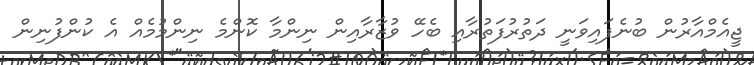
ޖީއެމްއާރުން ބުނެފައިވަނީ ދަތުރުފަތުރާއި ބެހޭ ވުޒާރާއިން ނިންމާ ކޮންމެ ނިންމުމެއް އެ ކުންފުނިން